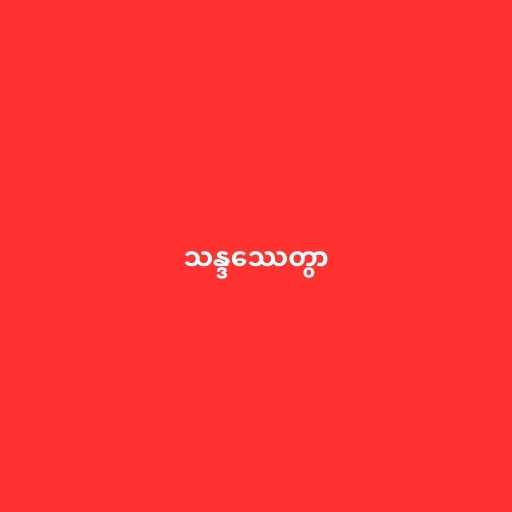
သန္ဒဿေတွာ